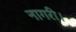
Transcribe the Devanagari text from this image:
नागरी।